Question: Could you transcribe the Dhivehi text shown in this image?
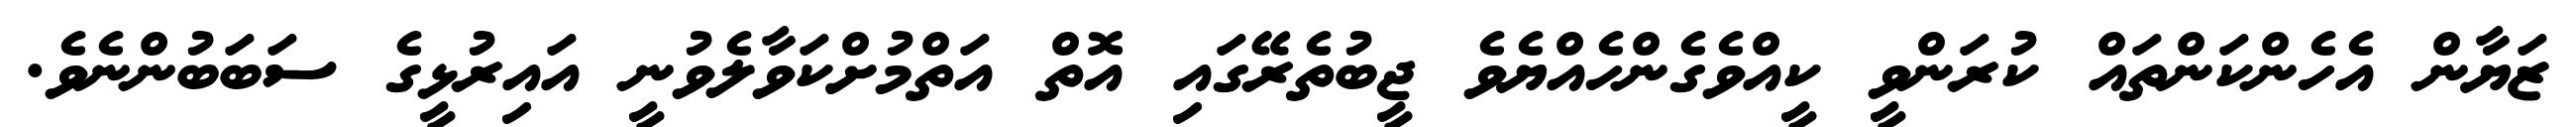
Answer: ޒަޔާން އެހެންކަންތައް ކުރަންވީ ކީއްވެގެންހެއްޔެވެ ޖީބުތެރޭގައި އޮތް އަތްމުށްކަވާލެވުނީ އައިރުޅީގެ ސަބަބުންނެވެ.